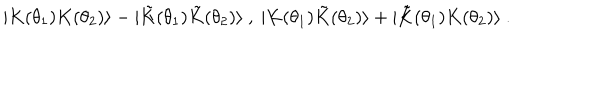
| { K } ( \theta _ { 1 } ) { K } ( \theta _ { 2 } ) \rangle - | { \tilde { K } } ( \theta _ { 1 } ) { \tilde { K } } ( \theta _ { 2 } ) \rangle \ , \ | K ( \theta _ { 1 } ) { \tilde { K } } ( \theta _ { 2 } ) \rangle + | { \tilde { K } } ( \theta _ { 1 } ) K ( \theta _ { 2 } ) \rangle \ .